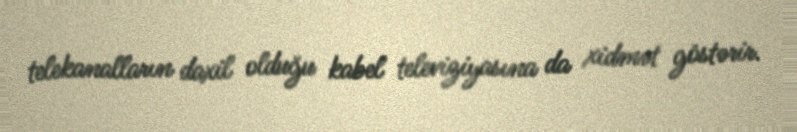
telekanalların daxil olduğu kabel televiziyasına da xidmət göstərir.